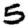
Digit: 5